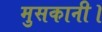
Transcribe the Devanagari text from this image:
मुसकानी।